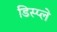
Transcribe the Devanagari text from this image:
डिस्‍प्ले